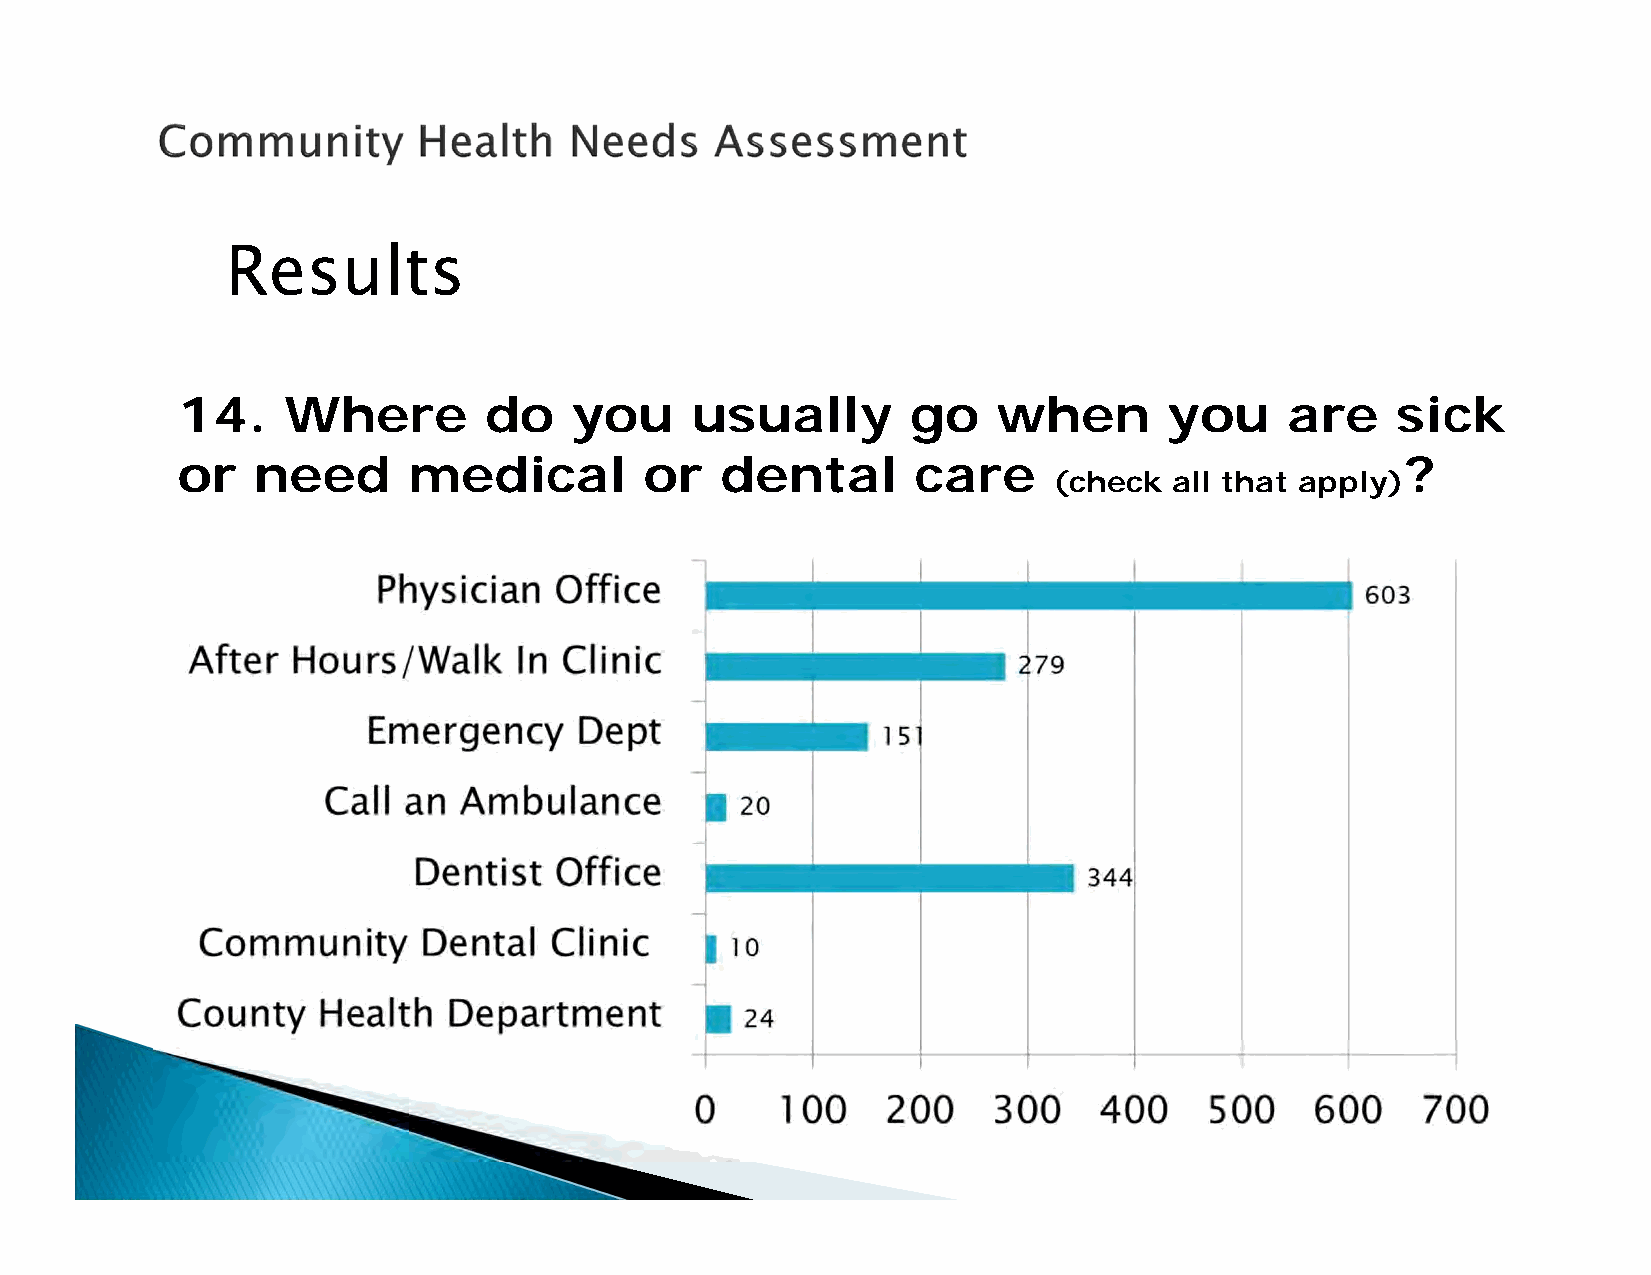
Results
 14.    Where        do    you     usually       go    when       you     are    sick
 or   need      medical         or   dental       care                            ?
 (check  all that apply)